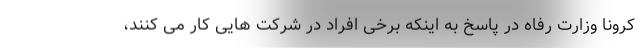
کرونا وزارت رفاه در پاسخ به اینکه برخی افراد در شرکت هایی کار می کنند،